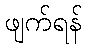
ဖျက်ရန်